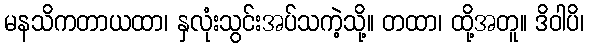
မနသိကတာယထာ၊ နှလုံးသွင်းအပ်သကဲ့သို့။ တထာ၊ ထို့အတူ။ ဒိဝါပိ၊